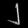
Digit: ၂